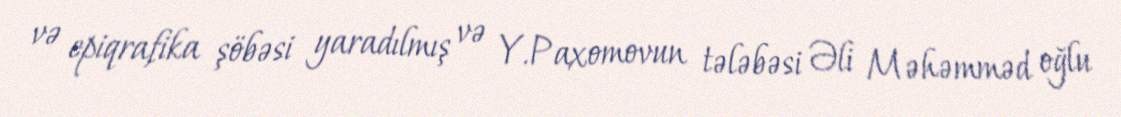
və epiqrafika şöbəsi yaradılmış və Y.Paxomovun tələbəsi Əli Məhəmməd oğlu